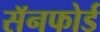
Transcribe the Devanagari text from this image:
सॅनफोर्ड